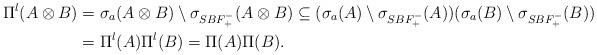
LaTeX: \begin{align*}\Pi^l(A\otimes B)&=\sigma_a(A\otimes B)\setminus \sigma_{SBF_+^-}(A\otimes B)\subseteq (\sigma_a(A)\setminus \sigma_{SBF_+^-}(A)) (\sigma_a(B)\setminus \sigma_{SBF_+^-}(B)) \\&=\Pi^l(A)\Pi^l(B)=\Pi (A)\Pi (B).\\\end{align*}